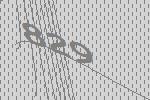
829